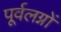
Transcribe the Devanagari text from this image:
पूर्वलग्नों